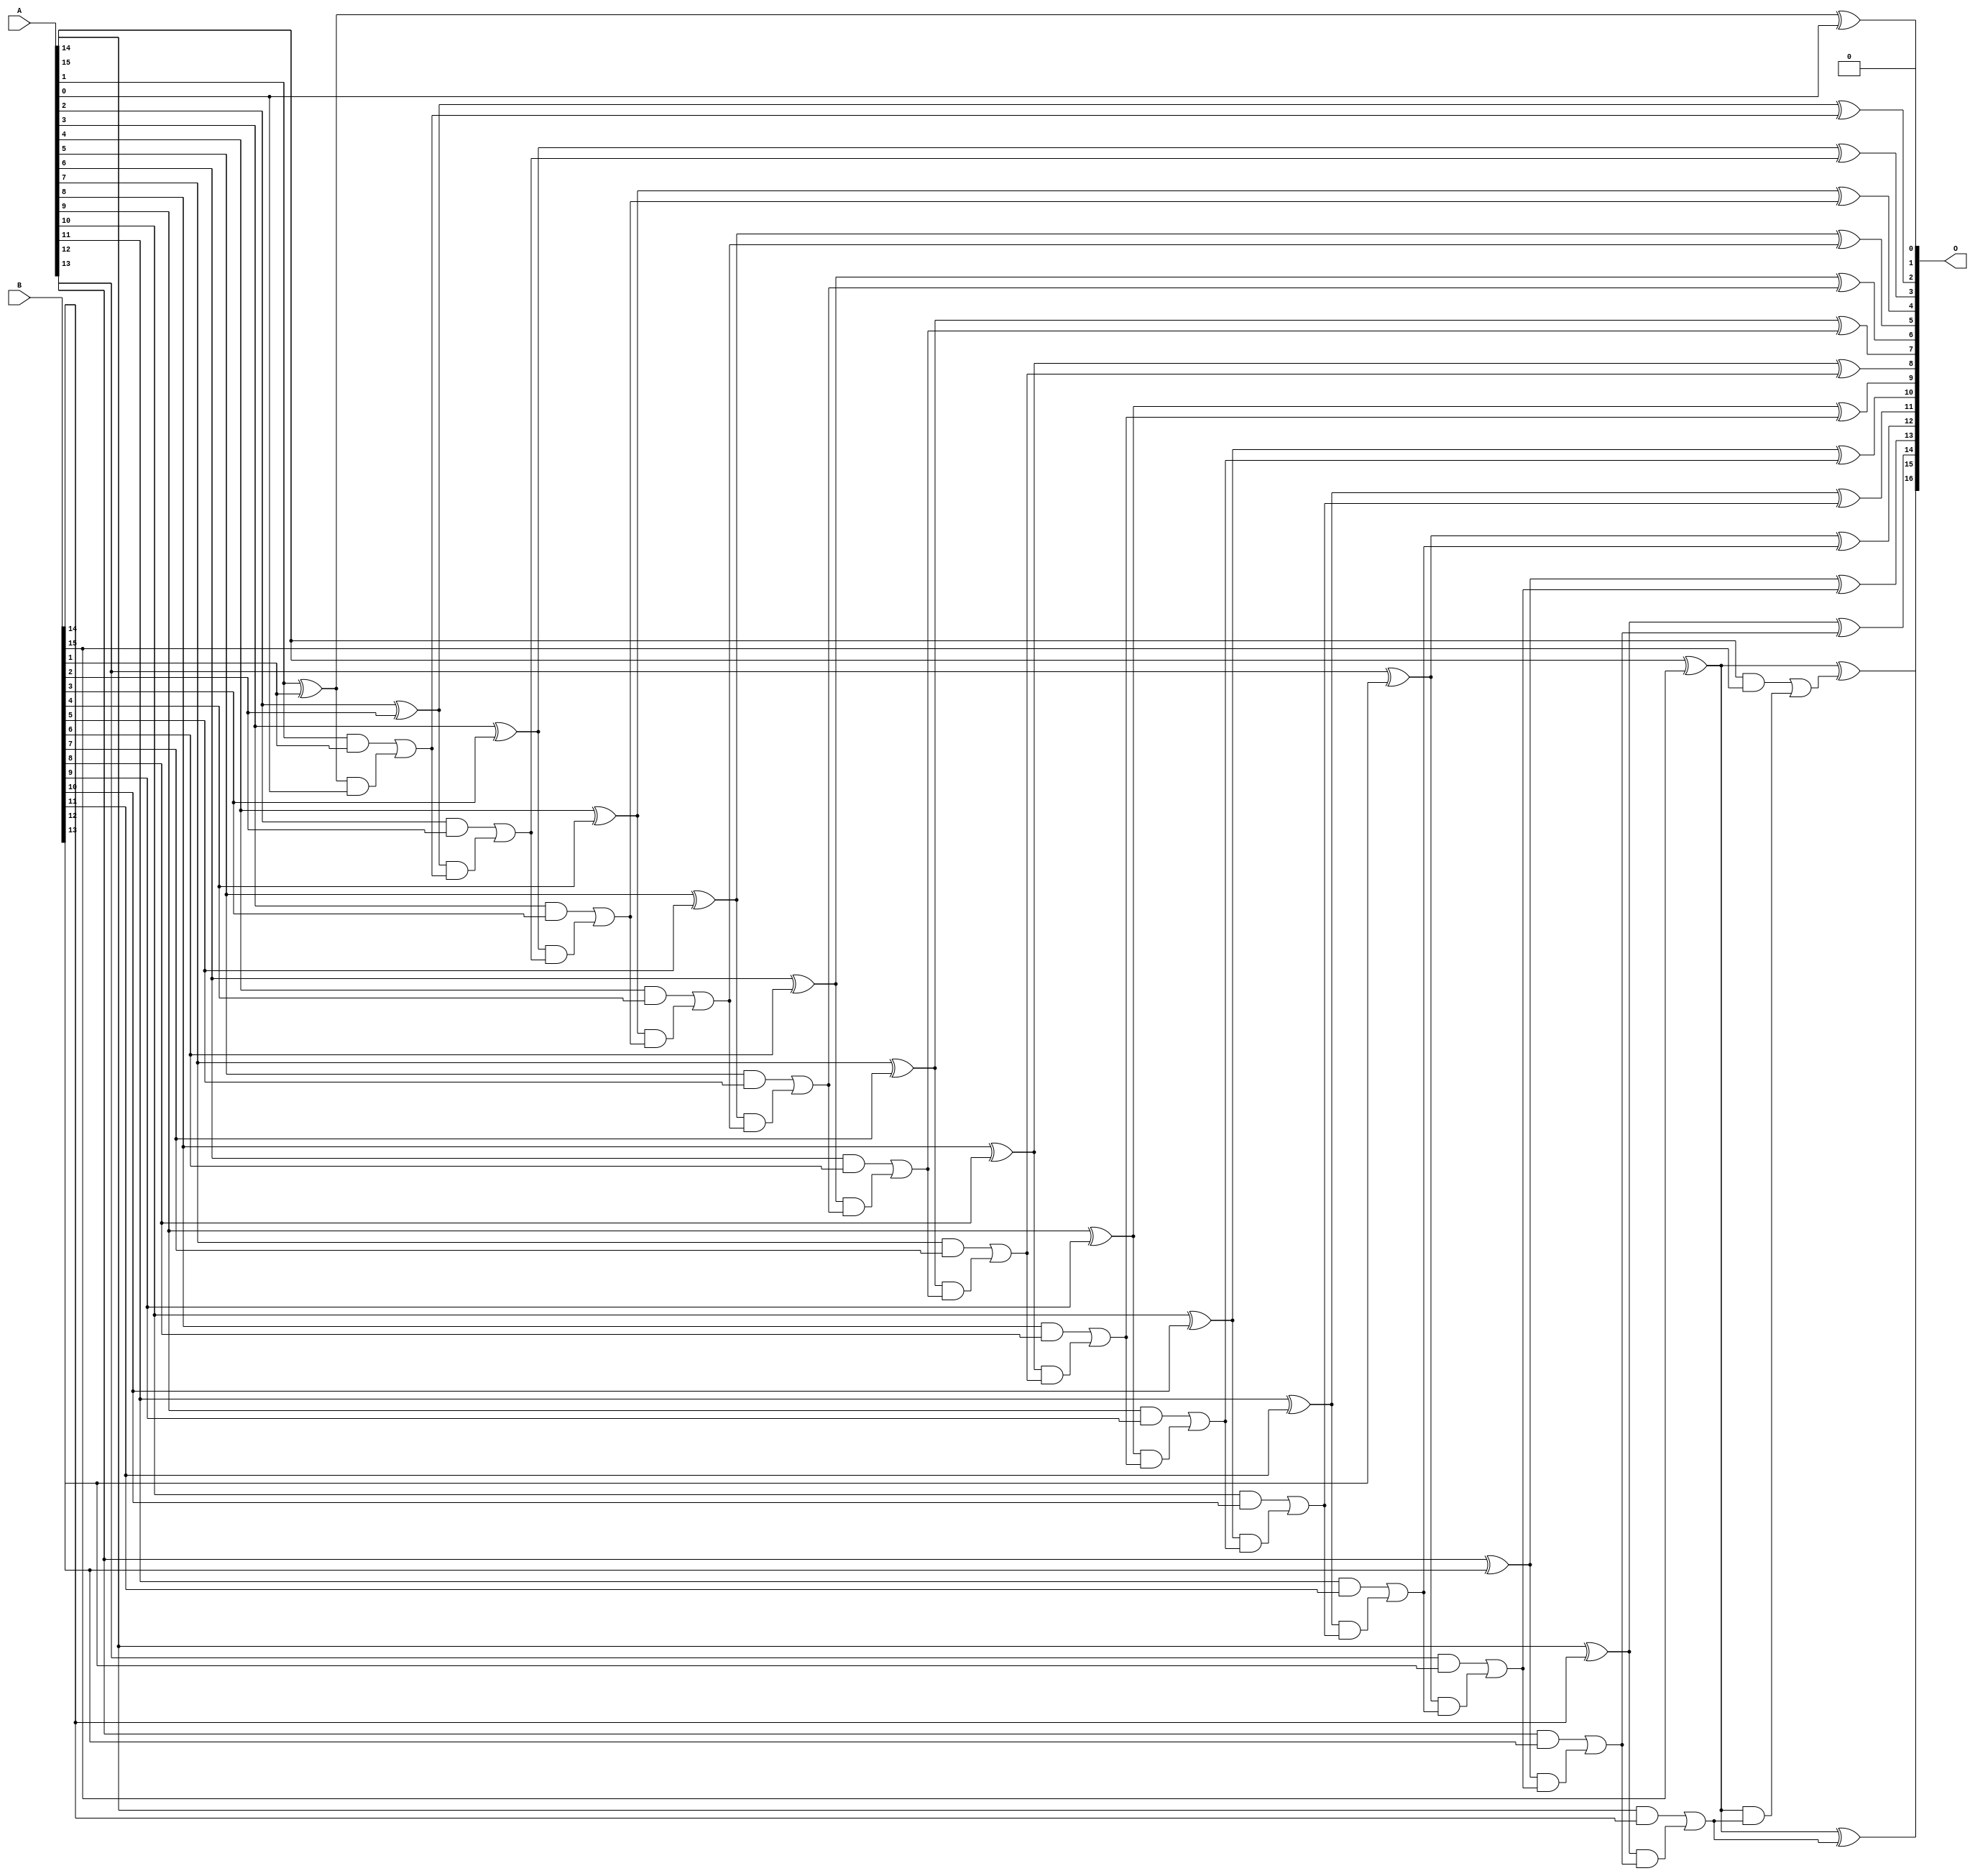
// This program was cloned from: https://github.com/ehw-fit/evoapproxlib
// License: MIT License

/***
* This code is a part of EvoApproxLib library (ehw.fit.vutbr.cz/approxlib) distributed under The MIT License.
* When used, please cite the following article(s): V. Mrazek, L. Sekanina, Z. Vasicek "Libraries of Approximate Circuits: Automated Design and Application in CNN Accelerators" IEEE Journal on Emerging and Selected Topics in Circuits and Systems, Vol 10, No 4, 2020 
* This file contains a circuit from a sub-set of pareto optimal circuits with respect to the pwr and mae parameters
***/
// MAE% = 0.00076 %
// MAE = 0.5 
// WCE% = 0.0015 %
// WCE = 1.0 
// WCRE% = 100.00 %
// EP% = 50.00 %
// MRE% = 0.017 %
// MSE = 0.5 
// PDK45_PWR = 0.071 mW
// PDK45_AREA = 138.0 um2
// PDK45_DELAY = 1.25 ns

module add16se_26Q (
    A,
    B,
    O
);

input [15:0] A;
input [15:0] B;
output [16:0] O;

wire sig_34,sig_35,sig_36,sig_37,sig_38,sig_39,sig_40,sig_41,sig_42,sig_43,sig_44,sig_45,sig_46,sig_47,sig_48,sig_49,sig_50,sig_51,sig_52,sig_53;
wire sig_54,sig_55,sig_56,sig_57,sig_58,sig_59,sig_60,sig_61,sig_62,sig_63,sig_64,sig_65,sig_66,sig_67,sig_68,sig_69,sig_70,sig_71,sig_72,sig_73;
wire sig_74,sig_75,sig_76,sig_77,sig_78,sig_79,sig_80,sig_81,sig_82,sig_83,sig_84,sig_85,sig_86,sig_87,sig_88,sig_89,sig_90,sig_91,sig_92,sig_93;
wire sig_94,sig_95,sig_96,sig_97,sig_98,sig_99,sig_100,sig_101,sig_102,sig_103,sig_104,sig_105,sig_106,sig_107,sig_108,sig_109,sig_110;

assign sig_34 = A[1] ^ B[1];
assign sig_35 = A[1] & B[1];
assign sig_36 = sig_34 & A[0];
assign sig_37 = sig_34 ^ A[0];
assign sig_38 = sig_35 | sig_36;
assign sig_39 = A[2] ^ B[2];
assign sig_40 = A[2] & B[2];
assign sig_41 = sig_39 & sig_38;
assign sig_42 = sig_39 ^ sig_38;
assign sig_43 = sig_40 | sig_41;
assign sig_44 = A[3] ^ B[3];
assign sig_45 = A[3] & B[3];
assign sig_46 = sig_44 & sig_43;
assign sig_47 = sig_44 ^ sig_43;
assign sig_48 = sig_45 | sig_46;
assign sig_49 = A[4] ^ B[4];
assign sig_50 = A[4] & B[4];
assign sig_51 = sig_49 & sig_48;
assign sig_52 = sig_49 ^ sig_48;
assign sig_53 = sig_50 | sig_51;
assign sig_54 = A[5] ^ B[5];
assign sig_55 = A[5] & B[5];
assign sig_56 = sig_54 & sig_53;
assign sig_57 = sig_54 ^ sig_53;
assign sig_58 = sig_55 | sig_56;
assign sig_59 = A[6] ^ B[6];
assign sig_60 = A[6] & B[6];
assign sig_61 = sig_59 & sig_58;
assign sig_62 = sig_59 ^ sig_58;
assign sig_63 = sig_60 | sig_61;
assign sig_64 = A[7] ^ B[7];
assign sig_65 = A[7] & B[7];
assign sig_66 = sig_64 & sig_63;
assign sig_67 = sig_64 ^ sig_63;
assign sig_68 = sig_65 | sig_66;
assign sig_69 = A[8] ^ B[8];
assign sig_70 = A[8] & B[8];
assign sig_71 = sig_69 & sig_68;
assign sig_72 = sig_69 ^ sig_68;
assign sig_73 = sig_70 | sig_71;
assign sig_74 = A[9] ^ B[9];
assign sig_75 = A[9] & B[9];
assign sig_76 = sig_74 & sig_73;
assign sig_77 = sig_74 ^ sig_73;
assign sig_78 = sig_75 | sig_76;
assign sig_79 = A[10] ^ B[10];
assign sig_80 = A[10] & B[10];
assign sig_81 = sig_79 & sig_78;
assign sig_82 = sig_79 ^ sig_78;
assign sig_83 = sig_80 | sig_81;
assign sig_84 = A[11] ^ B[11];
assign sig_85 = A[11] & B[11];
assign sig_86 = sig_84 & sig_83;
assign sig_87 = sig_84 ^ sig_83;
assign sig_88 = sig_85 | sig_86;
assign sig_89 = A[12] ^ B[12];
assign sig_90 = A[12] & B[12];
assign sig_91 = sig_89 & sig_88;
assign sig_92 = sig_89 ^ sig_88;
assign sig_93 = sig_90 | sig_91;
assign sig_94 = A[13] ^ B[13];
assign sig_95 = A[13] & B[13];
assign sig_96 = sig_94 & sig_93;
assign sig_97 = sig_94 ^ sig_93;
assign sig_98 = sig_95 | sig_96;
assign sig_99 = A[14] ^ B[14];
assign sig_100 = A[14] & B[14];
assign sig_101 = sig_99 & sig_98;
assign sig_102 = sig_99 ^ sig_98;
assign sig_103 = sig_100 | sig_101;
assign sig_104 = A[15] ^ B[15];
assign sig_105 = A[15] & B[15];
assign sig_106 = sig_104 & sig_103;
assign sig_107 = sig_104 ^ sig_103;
assign sig_108 = sig_105 | sig_106;
assign sig_109 = A[15] ^ B[15];
assign sig_110 = sig_109 ^ sig_108;

assign O[16] = sig_110;
assign O[15] = sig_107;
assign O[14] = sig_102;
assign O[13] = sig_97;
assign O[12] = sig_92;
assign O[11] = sig_87;
assign O[10] = sig_82;
assign O[9] = sig_77;
assign O[8] = sig_72;
assign O[7] = sig_67;
assign O[6] = sig_62;
assign O[5] = sig_57;
assign O[4] = sig_52;
assign O[3] = sig_47;
assign O[2] = sig_42;
assign O[1] = sig_37;
assign O[0] = 1'b0;

endmodule